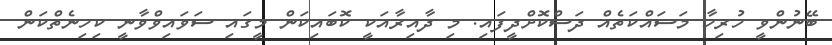
ބޭނުންވީ ހުރިހާ މަސައްކަތެއް ދަސްކޮށްދީފައި. މި ދާއިރާއަކީ ކޮބައިކަން މީގައި ސަވައިވްވާނީ ކިހިނެތްކަން